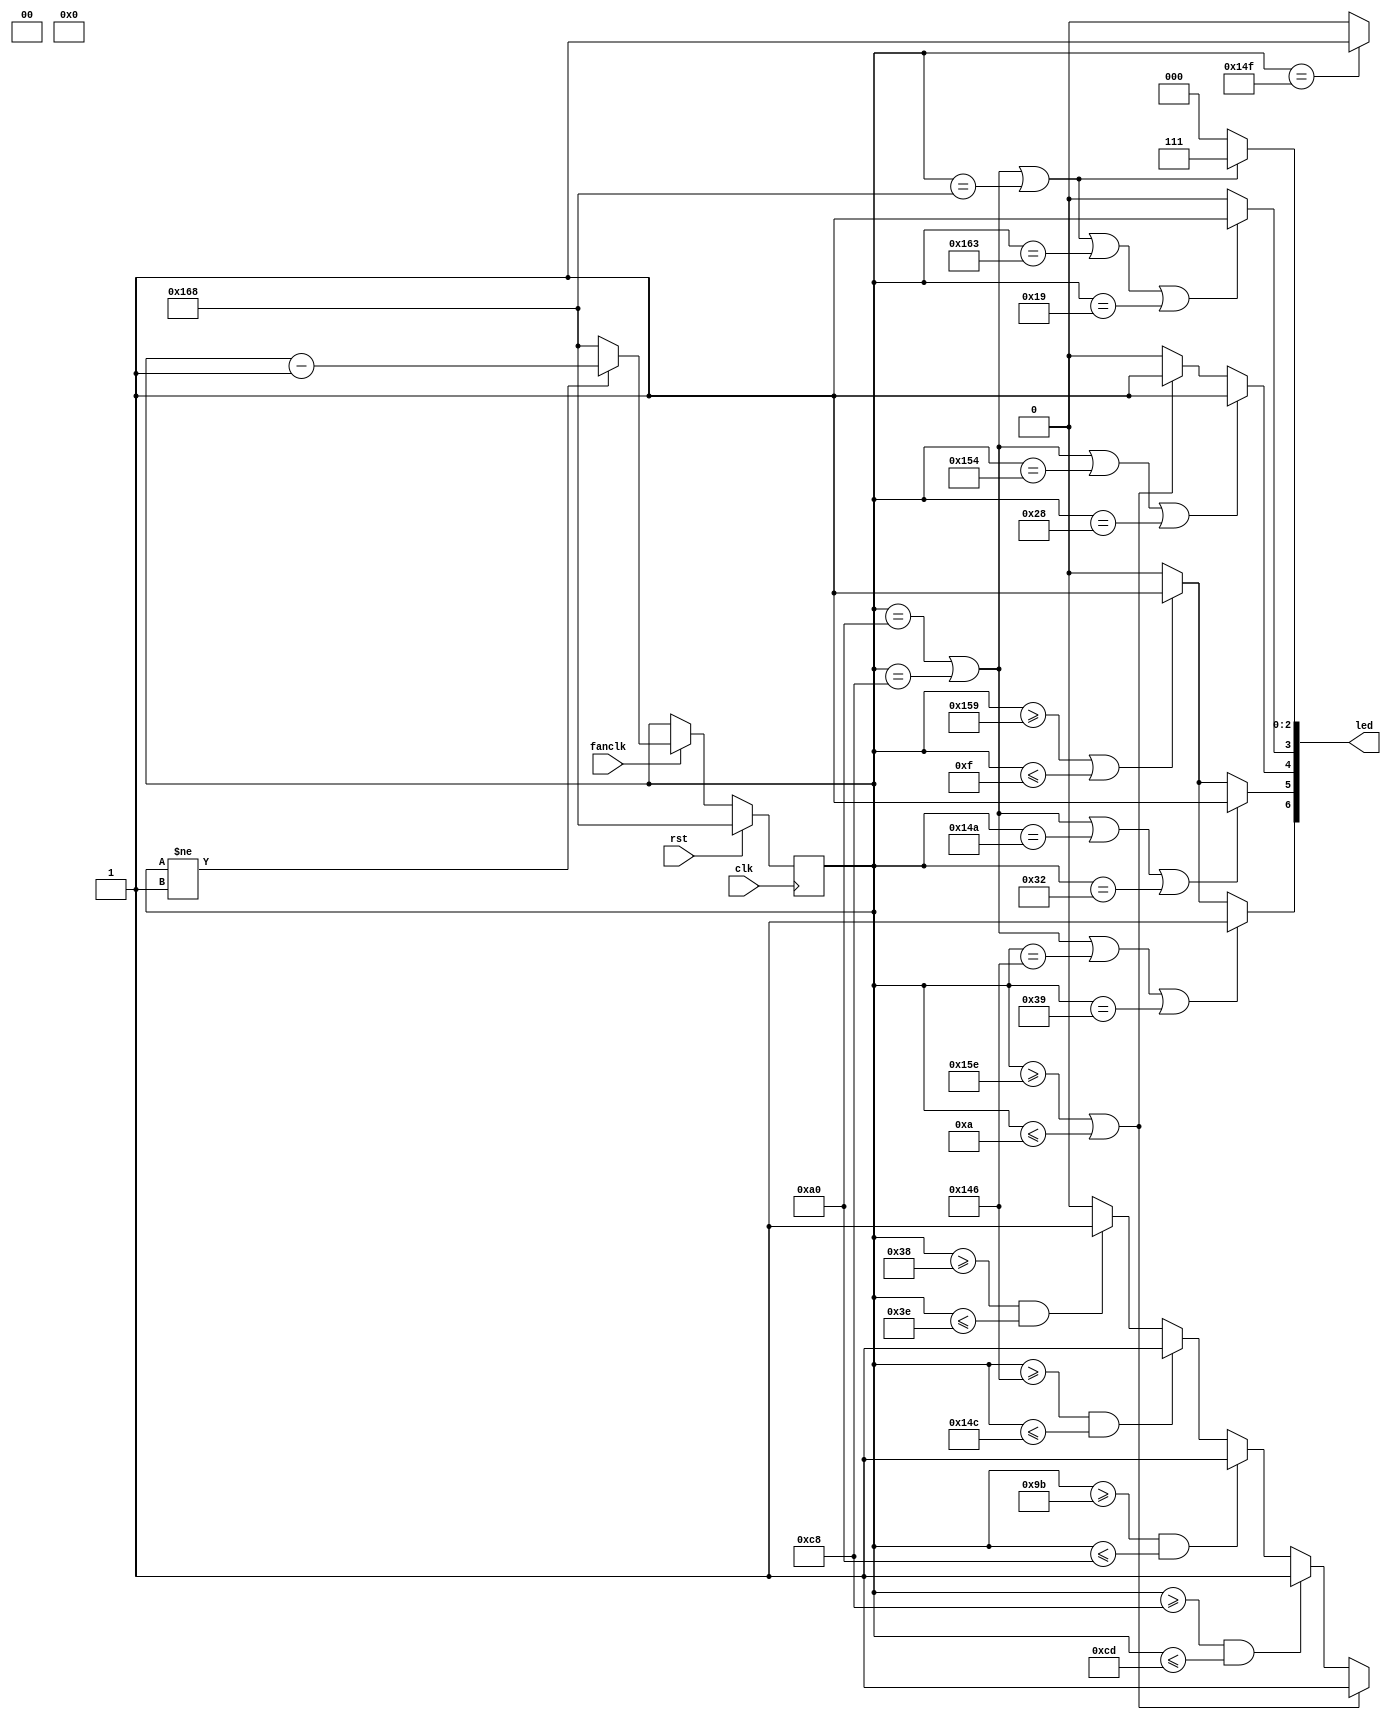
module walk2(rst,clk,led,fanclk);
    input rst,clk,fanclk;
    output [15:0]led;
    reg [8:0]deg_counter,nxtdeg_counter;
    reg [15:0]led;


    always@(posedge clk)begin
        if(rst)begin
            deg_counter<=360;
        end else begin
            deg_counter<=nxtdeg_counter;
        end
    end

    always@(*)begin
        if(fanclk)begin
            if(deg_counter!=1)nxtdeg_counter=deg_counter-1;
            else nxtdeg_counter=360;
        end else begin
            nxtdeg_counter=deg_counter;
        end

        led[15:12]=4'b0;
        led[10:9]=2'b0;

        if((deg_counter==160)||(deg_counter==200)||(deg_counter==360))begin//led 0~2
            led[2:0]={3'b111};
        end else begin
            led[2:0]=3'b0;
        end

        if((deg_counter==160)||(deg_counter==200)||(deg_counter==360)||(deg_counter==355)||(deg_counter==25))begin//led 3
            led[3]={1'b1};
        end else begin
            led[3]=1'b0;
        end
        if((deg_counter==160)||(deg_counter==200)||(deg_counter==340)||(deg_counter==40))begin//led 4
            led[4]={1'b1};
        end else if(deg_counter>=350||deg_counter<=10)begin
            led[4]={1'b1};
        end else begin
            led[4]=1'b0;
        end

        if((deg_counter==160)||(deg_counter==200)||(deg_counter==330)||(deg_counter==50))begin//led 5
            led[5]={1'b1};
        end else if(deg_counter>=345||deg_counter<=15)begin
            led[5]={1'b1};
        end else begin
            led[5]=1'b0;
        end

        if((deg_counter==160)||(deg_counter==200)||(deg_counter==326)||(deg_counter==57))begin//led 6
            led[6]={1'b1};
        end else if(deg_counter>=345||deg_counter<=15)begin
            led[6]={1'b1};
        end else begin
            led[6]=1'b0;
        end


        /*if((deg_counter==160)||(deg_counter==200)||(deg_counter==300)||(deg_counter==60))begin//led 7!!!!!!!!!!!!--->15
        led[15]={1'b1};
        end else if(deg_counter>=345||deg_counter<=15)begin
        led[15]={1'b1};
        end else begin
        led[15]=1'b0;
        end*/

        if(deg_counter>=350||deg_counter<=10)begin//led 8
            led[8]={1'b1};
        end else if(deg_counter>=200&&deg_counter<=205)begin
            led[8]={1'b1};
        end else if(deg_counter>=155&&deg_counter<=160)begin
            led[8]={1'b1};
        end else if(deg_counter>=326&&deg_counter<=332)begin
            led[8]={1'b1};
        end else if(deg_counter>=56&&deg_counter<=62)begin
            led[8]={1'b1};
        end else begin
            led[8]=1'b0;
        end
        //////////
        if(deg_counter==335)begin//ball been thrown
            led[11]={1'b1};
        end else begin
            led[11]=1'b0;
        end
    //////////



    end
endmodule